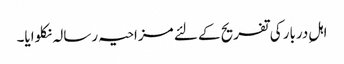
اہلِ دربار کی تفریح کے لئے مزاحیہ رسالہ نکلوایا۔